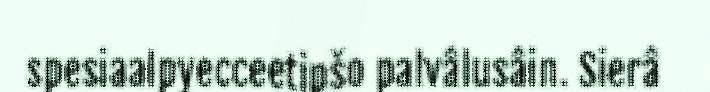
spesiaalpyecceetipšo palvâlusâin. Sierâ